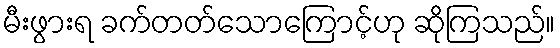
မီးဖွားရ ခက်တတ်သောကြောင့်ဟု ဆိုကြသည်။